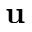
{ \bf u }